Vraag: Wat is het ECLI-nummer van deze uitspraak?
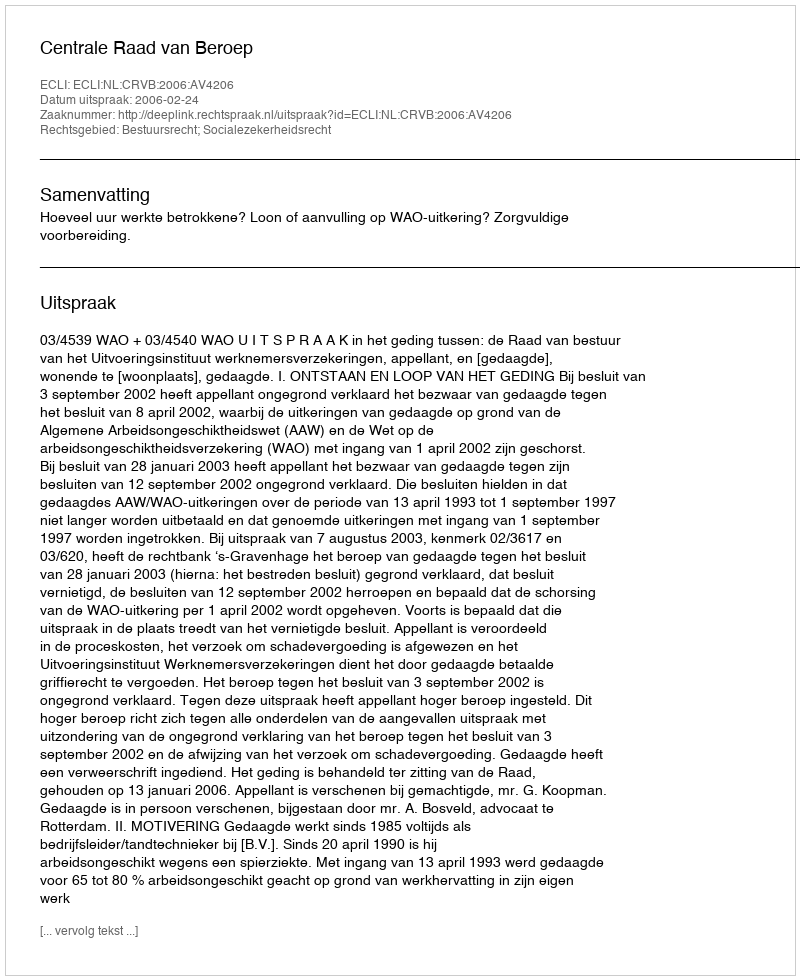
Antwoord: ECLI:NL:CRVB:2006:AV4206